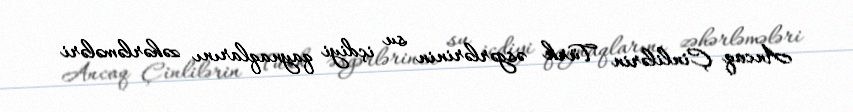
Ancaq Çinlilərin Türk əsgərlərinin su içdiyi qaynaqlarını zəhərləmələri